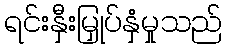
ရင်းနှီးမြှုပ်နှံမှုသည်